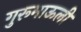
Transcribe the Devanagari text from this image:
गुरूमाऊली